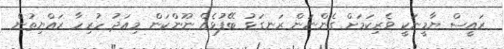
ރައީސް ޔާމީނަކީ ވެރިކަމަށް ގެންނަން ރަނގަޅު ބޭފުޅެއް ނޫންކަން މިއަދު ހުރިހާ ރައްޔިތުން